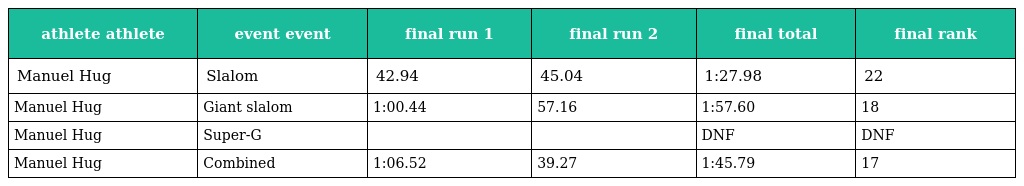
| athlete athlete | event event | final run 1 | final run 2 | final total | final rank |
 | --- | --- | --- | --- | --- | --- |
 | Manuel Hug | Slalom | 42.94 | 45.04 | 1:27.98 | 22 |
 | Manuel Hug | Giant slalom | 1:00.44 | 57.16 | 1:57.60 | 18 |
 | Manuel Hug | Super-G |  |  | DNF | DNF |
 | Manuel Hug | Combined | 1:06.52 | 39.27 | 1:45.79 | 17 |